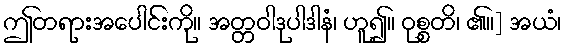
ဤတရားအပေါင်းကို။ အတ္တဝါဒုပါဒါနံ၊ ဟူ၍။ ဝုစ္စတိ၊ ၏။] အယံ၊